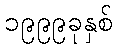
၁၉၉၉ခုနှစ်